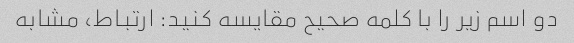
دو اسم زیر را با کلمه صحیح مقایسه کنید: ارتباط، مشابه